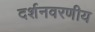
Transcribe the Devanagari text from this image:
दर्शनवरणीय